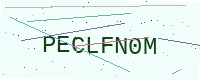
Text: PECLFN0M